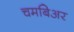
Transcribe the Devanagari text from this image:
चमबिअर